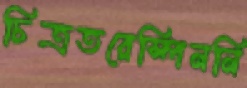
চিত্রতরেস্পিননি